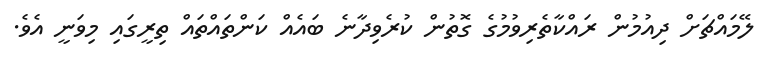
ލޭމައްޗަށް ދިއުމުން ރައްކާތެރިވުމުގެ ގޮތުން ކުރެވިދާނެ ބައެއް ކަންތައްތައް ތިރީގައި މިވަނީ އެވެ.